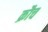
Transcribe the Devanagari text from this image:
क्रौच